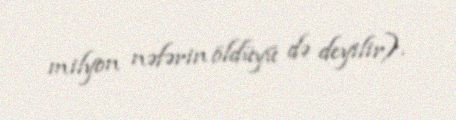
milyon nəfərin öldüyü də deyilir).